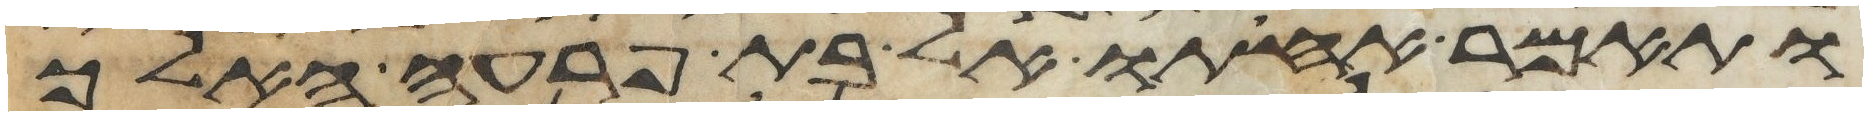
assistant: ותאמר אחותו אל בת פרעה האלך